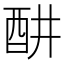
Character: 𬪦